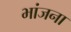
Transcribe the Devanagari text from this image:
भांजना